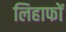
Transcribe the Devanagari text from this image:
लिहाफों